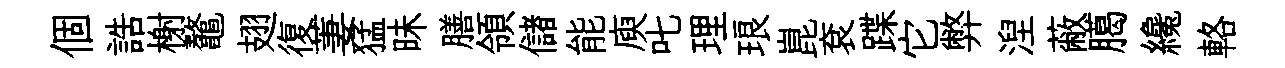
個誥榭鼇翅復萋猛昧膳領儲能庾叱理琅崑袞蹀它弊湼蔽臈纔輅